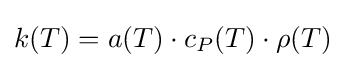
k(T)=a(T)\cdot c_{P}(T)\cdot \rho (T)